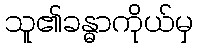
သူ၏ခန္ဓာကိုယ်မှ